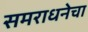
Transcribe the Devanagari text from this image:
समराधनेचा